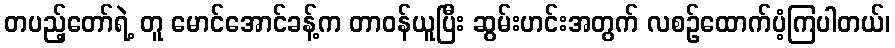
တပည့်တော်ရဲ့ တူ မောင်အောင်ခန့်က တာဝန်ယူပြီး ဆွမ်းဟင်းအတွက် လစဉ်ထောက်ပံ့ကြပါတယ်၊